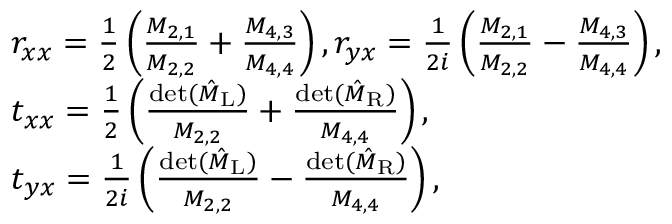
\begin{array} { r l } & { r _ { x x } = \frac { 1 } { 2 } \left( \frac { M _ { 2 , 1 } } { M _ { 2 , 2 } } + \frac { M _ { 4 , 3 } } { M _ { 4 , 4 } } \right) , r _ { y x } = \frac { 1 } { 2 i } \left( \frac { M _ { 2 , 1 } } { M _ { 2 , 2 } } - \frac { M _ { 4 , 3 } } { M _ { 4 , 4 } } \right) , } \\ & { t _ { x x } = \frac { 1 } { 2 } \left( \frac { \operatorname* { d e t } ( \hat { M } _ { \mathrm { L } } ) } { M _ { 2 , 2 } } + \frac { \operatorname* { d e t } ( \hat { M } _ { \mathrm { R } } ) } { M _ { 4 , 4 } } \right) , } \\ & { t _ { y x } = \frac { 1 } { 2 i } \left( \frac { \operatorname* { d e t } ( \hat { M } _ { \mathrm { L } } ) } { M _ { 2 , 2 } } - \frac { \operatorname* { d e t } ( \hat { M } _ { \mathrm { R } } ) } { M _ { 4 , 4 } } \right) , } \end{array}